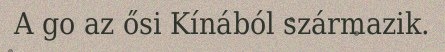
A go az ősi Kínából származik.